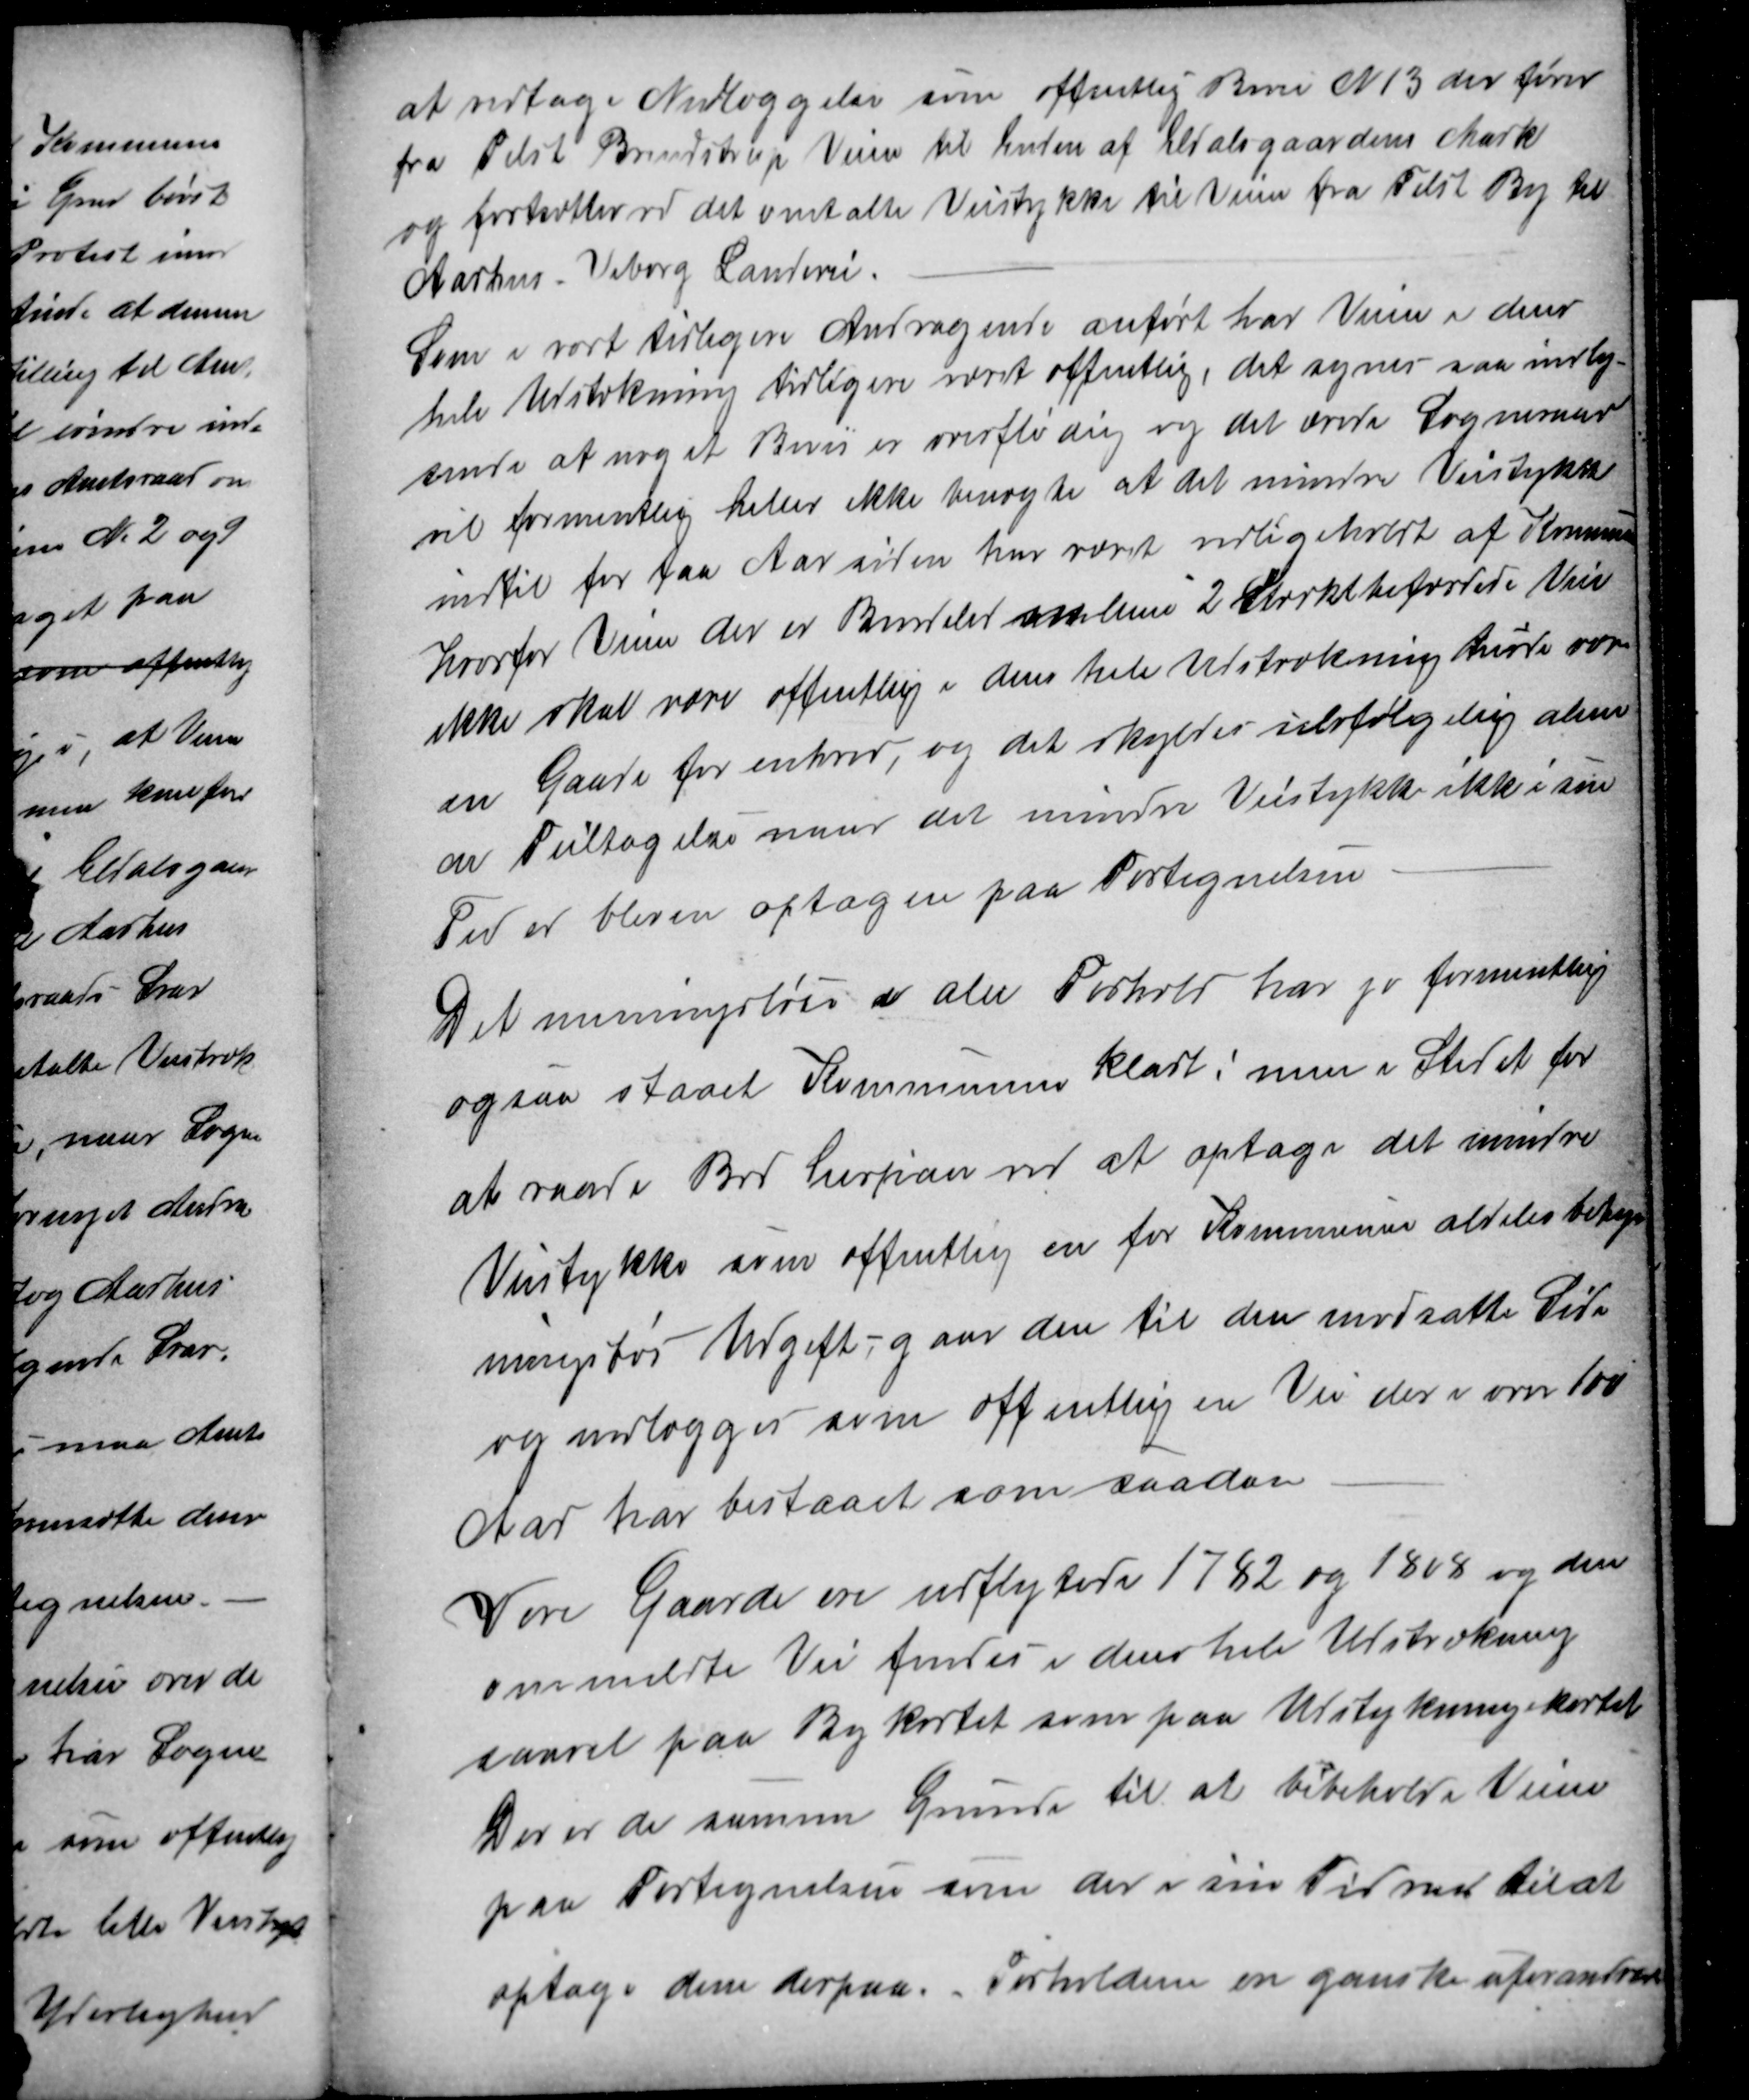
Transskription:
at vedtage Nedlæggelse som offentlig Bivei N 13 der fører
fra Tilst Brendstrup Veien til Enden af Eldalsgaardens Mark
og fortsætter ved det omtalte Veistykke til Veien fra Tilst By til
Aarhus Viborg Landevei.
Som i vort tidligere Andragende anført har Veien i dens
hele Udstrækning tidligere været offentlig, det synes saa indly-
sende at noget Bevis er overflødig og det ærede Sogneraad
vil formentlig heller ikke benægte at det mindre Veistykke
indtil for faa Aar siden har været vedligeholdt af Kommunen
hvorfor Veien der er Bindeled mellem 2 Stærkt befærdede Veie
ikke skal være offentlig i dens hele Udstrækning burde være
en Gaade for enhver, og det skyldes selvfølgelig alene
en Feiltagelse naar det mindre Veistykke ikke i sin
Tid er bleven optagen paa Fortegnelsen.
Det meningsløse i alle Forhold har jo formentlig
ogsaa staaet Kommunen klart; men i Stedet for
at raade Bod herpaa ved at optage det mindre
Veistykke som offentlig en for Kommunen aldeles betyd
ningsløs Udgift,gaar den til den modsatte Side
og nedlægger som offentlig en Vei der i over 100
Aar har bestaaet som saadan
Vore Gaarde ere udflyttede 1782 og 1808 og den
ommeldte Vei findes i dens hele Udstrækning
saavel paa Bykortet som paa Udstykningskortet
Der er de samme Grunde til at bibeholde Veien
paa Fortegnelsen som der i sin Tid var til at
optage dem derpaa. Forholdene ere ganske uforandrede